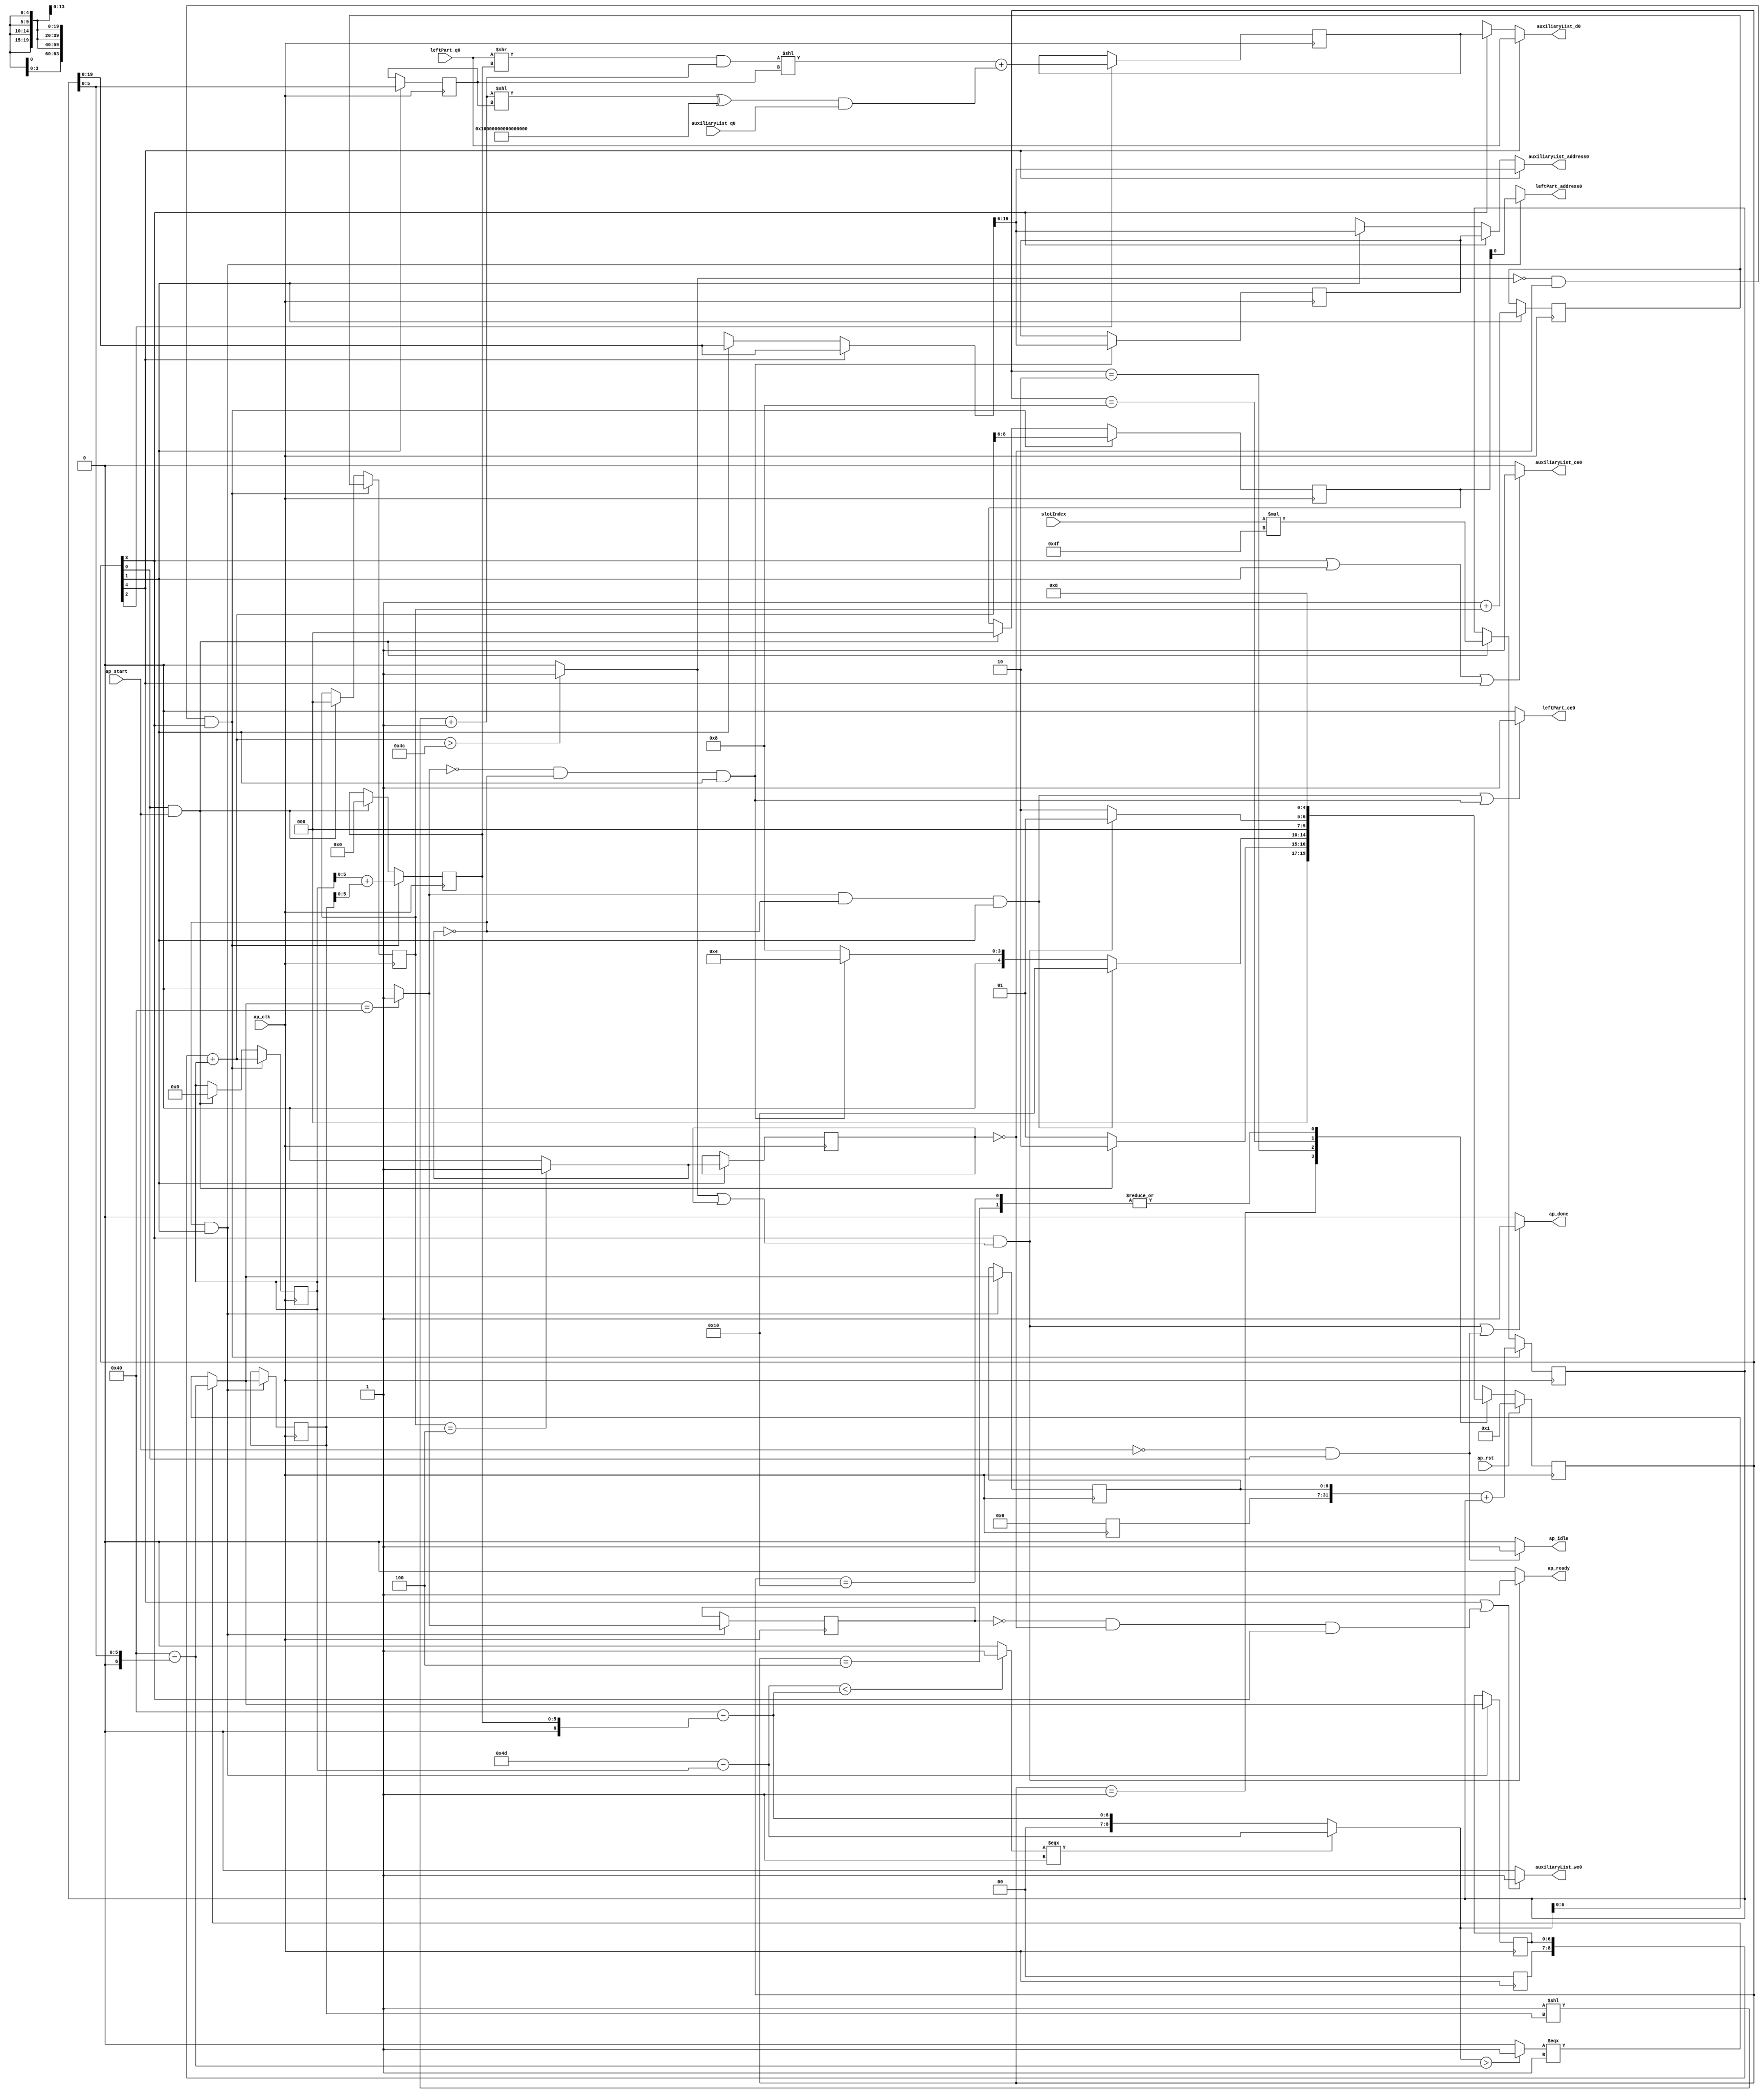
// ==============================================================
// RTL generated by Vivado(TM) HLS - High-Level Synthesis from C, C++ and OpenCL
// Version: 2020.1
// Copyright (C) 1986-2020 Xilinx, Inc. All Rights Reserved.
// 
// ===========================================================

`timescale 1 ns / 1 ps 

module setLeftPart (
        ap_clk,
        ap_rst,
        ap_start,
        ap_done,
        ap_idle,
        ap_ready,
        slotIndex,
        leftPart_address0,
        leftPart_ce0,
        leftPart_q0,
        auxiliaryList_address0,
        auxiliaryList_ce0,
        auxiliaryList_we0,
        auxiliaryList_d0,
        auxiliaryList_q0
);

parameter    ap_ST_fsm_state1 = 5'd1;
parameter    ap_ST_fsm_state2 = 5'd2;
parameter    ap_ST_fsm_state3 = 5'd4;
parameter    ap_ST_fsm_state4 = 5'd8;
parameter    ap_ST_fsm_state5 = 5'd16;

input   ap_clk;
input   ap_rst;
input   ap_start;
output   ap_done;
output   ap_idle;
output   ap_ready;
input  [31:0] slotIndex;
output  [0:0] leftPart_address0;
output   leftPart_ce0;
input  [63:0] leftPart_q0;
output  [13:0] auxiliaryList_address0;
output   auxiliaryList_ce0;
output   auxiliaryList_we0;
output  [63:0] auxiliaryList_d0;
input  [63:0] auxiliaryList_q0;

reg ap_done;
reg ap_idle;
reg ap_ready;
reg[0:0] leftPart_address0;
reg leftPart_ce0;
reg[13:0] auxiliaryList_address0;
reg auxiliaryList_ce0;
reg auxiliaryList_we0;
reg[63:0] auxiliaryList_d0;

(* fsm_encoding = "none" *) reg   [4:0] ap_CS_fsm;
wire    ap_CS_fsm_state1;
wire   [31:0] bitIdx_fu_166_p2;
wire   [5:0] slotBitIdxInWord_fu_172_p1;
reg   [5:0] slotBitIdxInWord_reg_396;
wire    ap_CS_fsm_state2;
wire   [0:0] icmp_ln109_fu_180_p2;
reg   [0:0] icmp_ln109_reg_401;
wire   [2:0] temp_fu_186_p2;
reg   [2:0] temp_reg_405;
wire   [6:0] select_ln122_fu_246_p3;
reg   [6:0] select_ln122_reg_410;
wire   [8:0] zext_ln122_fu_254_p1;
reg   [8:0] zext_ln122_reg_416;
wire   [31:0] zext_ln122_1_fu_258_p1;
reg   [31:0] zext_ln122_1_reg_421;
wire   [0:0] icmp_ln128_fu_262_p2;
reg   [0:0] icmp_ln128_reg_426;
reg   [13:0] auxiliaryList_addr_1_reg_435;
wire   [63:0] add_ln138_fu_341_p2;
reg   [63:0] add_ln138_reg_445;
wire    ap_CS_fsm_state3;
wire   [31:0] bitIdx_2_fu_347_p2;
wire    ap_CS_fsm_state4;
wire   [8:0] extractedBitsNum_fu_359_p2;
wire   [5:0] LPBitInWord_fu_364_p2;
reg   [2:0] temp_0_reg_99;
wire   [0:0] icmp_ln150_fu_380_p2;
reg   [5:0] LPBitInWord_0_reg_110;
reg   [2:0] LPWordIdx_0_reg_122;
reg   [8:0] extractedBitsNum_0_reg_133;
wire   [31:0] ap_phi_mux_slotBitIdxInWord_0_i_phi_fu_148_p4;
reg   [31:0] slotBitIdxInWord_0_i_reg_145;
wire   [63:0] zext_ln135_fu_268_p1;
wire   [63:0] zext_ln137_1_fu_273_p1;
wire   [63:0] zext_ln129_fu_278_p1;
wire   [63:0] zext_ln131_fu_386_p1;
wire    ap_CS_fsm_state5;
reg   [31:0] grp_fu_155_p1;
wire  signed [31:0] bitIdx_fu_166_p0;
wire   [6:0] zext_ln103_1_fu_198_p1;
wire   [6:0] tempB_fu_202_p2;
wire   [8:0] toExtractBitsNum_4_fu_192_p2;
wire   [8:0] zext_ln114_fu_208_p1;
wire   [0:0] icmp_ln115_fu_212_p2;
wire   [8:0] toExtractBitsNum_2_fu_218_p3;
wire   [6:0] zext_ln103_fu_176_p1;
wire   [6:0] toExtractBitsNum_fu_230_p2;
wire   [8:0] zext_ln123_fu_236_p1;
wire   [0:0] icmp_ln122_fu_240_p2;
wire   [6:0] trunc_ln115_fu_226_p1;
wire   [25:0] grp_fu_155_p4;
wire   [63:0] zext_ln134_fu_283_p1;
wire   [63:0] shl_ln134_fu_286_p2;
wire   [63:0] zext_ln135_1_fu_298_p1;
wire   [63:0] lshr_ln135_fu_302_p2;
wire   [63:0] extractPartMask_fu_292_p2;
wire   [63:0] zext_ln137_fu_314_p1;
wire   [63:0] shl_ln137_fu_317_p2;
wire   [63:0] xor_ln137_fu_323_p2;
wire   [63:0] extractPart_1_fu_308_p2;
wire   [63:0] shl_ln138_fu_335_p2;
wire   [63:0] and_ln137_fu_329_p2;
wire   [5:0] trunc_ln145_fu_352_p1;
wire   [5:0] trunc_ln145_1_fu_356_p1;
reg   [4:0] ap_NS_fsm;

// power-on initialization
initial begin
#0 ap_CS_fsm = 5'd1;
end

always @ (posedge ap_clk) begin
    if (ap_rst == 1'b1) begin
        ap_CS_fsm <= ap_ST_fsm_state1;
    end else begin
        ap_CS_fsm <= ap_NS_fsm;
    end
end

always @ (posedge ap_clk) begin
    if (((icmp_ln150_fu_380_p2 == 1'd0) & (icmp_ln109_reg_401 == 1'd0) & (1'b1 == ap_CS_fsm_state4))) begin
        LPBitInWord_0_reg_110 <= LPBitInWord_fu_364_p2;
    end else if (((1'b1 == ap_CS_fsm_state1) & (ap_start == 1'b1))) begin
        LPBitInWord_0_reg_110 <= 6'd0;
    end
end

always @ (posedge ap_clk) begin
    if (((icmp_ln150_fu_380_p2 == 1'd0) & (icmp_ln109_reg_401 == 1'd0) & (1'b1 == ap_CS_fsm_state4))) begin
        LPWordIdx_0_reg_122 <= {{extractedBitsNum_fu_359_p2[8:6]}};
    end else if (((1'b1 == ap_CS_fsm_state1) & (ap_start == 1'b1))) begin
        LPWordIdx_0_reg_122 <= 3'd0;
    end
end

always @ (posedge ap_clk) begin
    if (((icmp_ln150_fu_380_p2 == 1'd0) & (icmp_ln109_reg_401 == 1'd0) & (1'b1 == ap_CS_fsm_state4))) begin
        extractedBitsNum_0_reg_133 <= extractedBitsNum_fu_359_p2;
    end else if (((1'b1 == ap_CS_fsm_state1) & (ap_start == 1'b1))) begin
        extractedBitsNum_0_reg_133 <= 9'd0;
    end
end

always @ (posedge ap_clk) begin
    if (((icmp_ln150_fu_380_p2 == 1'd0) & (icmp_ln109_reg_401 == 1'd0) & (1'b1 == ap_CS_fsm_state4))) begin
        slotBitIdxInWord_0_i_reg_145 <= bitIdx_2_fu_347_p2;
    end else if (((1'b1 == ap_CS_fsm_state1) & (ap_start == 1'b1))) begin
        slotBitIdxInWord_0_i_reg_145 <= bitIdx_fu_166_p2;
    end
end

always @ (posedge ap_clk) begin
    if (((icmp_ln150_fu_380_p2 == 1'd0) & (icmp_ln109_reg_401 == 1'd0) & (1'b1 == ap_CS_fsm_state4))) begin
        temp_0_reg_99 <= temp_reg_405;
    end else if (((1'b1 == ap_CS_fsm_state1) & (ap_start == 1'b1))) begin
        temp_0_reg_99 <= 3'd0;
    end
end

always @ (posedge ap_clk) begin
    if ((1'b1 == ap_CS_fsm_state3)) begin
        add_ln138_reg_445 <= add_ln138_fu_341_p2;
    end
end

always @ (posedge ap_clk) begin
    if (((icmp_ln128_fu_262_p2 == 1'd0) & (icmp_ln109_fu_180_p2 == 1'd0) & (1'b1 == ap_CS_fsm_state2))) begin
        auxiliaryList_addr_1_reg_435 <= zext_ln137_1_fu_273_p1;
    end
end

always @ (posedge ap_clk) begin
    if ((1'b1 == ap_CS_fsm_state2)) begin
        icmp_ln109_reg_401 <= icmp_ln109_fu_180_p2;
        slotBitIdxInWord_reg_396 <= slotBitIdxInWord_fu_172_p1;
        temp_reg_405 <= temp_fu_186_p2;
    end
end

always @ (posedge ap_clk) begin
    if (((icmp_ln109_fu_180_p2 == 1'd0) & (1'b1 == ap_CS_fsm_state2))) begin
        icmp_ln128_reg_426 <= icmp_ln128_fu_262_p2;
        select_ln122_reg_410 <= select_ln122_fu_246_p3;
        zext_ln122_1_reg_421[6 : 0] <= zext_ln122_1_fu_258_p1[6 : 0];
        zext_ln122_reg_416[6 : 0] <= zext_ln122_fu_254_p1[6 : 0];
    end
end

always @ (*) begin
    if ((((1'b1 == ap_CS_fsm_state4) & ((icmp_ln150_fu_380_p2 == 1'd1) | (icmp_ln109_reg_401 == 1'd1))) | ((ap_start == 1'b0) & (1'b1 == ap_CS_fsm_state1)))) begin
        ap_done = 1'b1;
    end else begin
        ap_done = 1'b0;
    end
end

always @ (*) begin
    if (((ap_start == 1'b0) & (1'b1 == ap_CS_fsm_state1))) begin
        ap_idle = 1'b1;
    end else begin
        ap_idle = 1'b0;
    end
end

always @ (*) begin
    if (((1'b1 == ap_CS_fsm_state4) & ((icmp_ln150_fu_380_p2 == 1'd1) | (icmp_ln109_reg_401 == 1'd1)))) begin
        ap_ready = 1'b1;
    end else begin
        ap_ready = 1'b0;
    end
end

always @ (*) begin
    if ((1'b1 == ap_CS_fsm_state5)) begin
        auxiliaryList_address0 = zext_ln131_fu_386_p1;
    end else if ((1'b1 == ap_CS_fsm_state4)) begin
        auxiliaryList_address0 = auxiliaryList_addr_1_reg_435;
    end else if ((1'b1 == ap_CS_fsm_state2)) begin
        auxiliaryList_address0 = zext_ln137_1_fu_273_p1;
    end else begin
        auxiliaryList_address0 = 'bx;
    end
end

always @ (*) begin
    if (((1'b1 == ap_CS_fsm_state4) | (1'b1 == ap_CS_fsm_state2) | (1'b1 == ap_CS_fsm_state5))) begin
        auxiliaryList_ce0 = 1'b1;
    end else begin
        auxiliaryList_ce0 = 1'b0;
    end
end

always @ (*) begin
    if ((1'b1 == ap_CS_fsm_state5)) begin
        auxiliaryList_d0 = leftPart_q0;
    end else if ((1'b1 == ap_CS_fsm_state4)) begin
        auxiliaryList_d0 = add_ln138_reg_445;
    end else begin
        auxiliaryList_d0 = 'bx;
    end
end

always @ (*) begin
    if (((1'b1 == ap_CS_fsm_state5) | ((icmp_ln128_reg_426 == 1'd0) & (icmp_ln109_reg_401 == 1'd0) & (1'b1 == ap_CS_fsm_state4)))) begin
        auxiliaryList_we0 = 1'b1;
    end else begin
        auxiliaryList_we0 = 1'b0;
    end
end

always @ (*) begin
    if ((1'b1 == ap_CS_fsm_state5)) begin
        grp_fu_155_p1 = slotBitIdxInWord_0_i_reg_145;
    end else if ((1'b1 == ap_CS_fsm_state2)) begin
        grp_fu_155_p1 = ap_phi_mux_slotBitIdxInWord_0_i_phi_fu_148_p4;
    end else begin
        grp_fu_155_p1 = 'bx;
    end
end

always @ (*) begin
    if (((icmp_ln109_fu_180_p2 == 1'd0) & (1'b1 == ap_CS_fsm_state2))) begin
        if ((icmp_ln128_fu_262_p2 == 1'd1)) begin
            leftPart_address0 = zext_ln129_fu_278_p1;
        end else if ((icmp_ln128_fu_262_p2 == 1'd0)) begin
            leftPart_address0 = zext_ln135_fu_268_p1;
        end else begin
            leftPart_address0 = 'bx;
        end
    end else begin
        leftPart_address0 = 'bx;
    end
end

always @ (*) begin
    if ((((icmp_ln128_fu_262_p2 == 1'd1) & (icmp_ln109_fu_180_p2 == 1'd0) & (1'b1 == ap_CS_fsm_state2)) | ((icmp_ln128_fu_262_p2 == 1'd0) & (icmp_ln109_fu_180_p2 == 1'd0) & (1'b1 == ap_CS_fsm_state2)))) begin
        leftPart_ce0 = 1'b1;
    end else begin
        leftPart_ce0 = 1'b0;
    end
end

always @ (*) begin
    case (ap_CS_fsm)
        ap_ST_fsm_state1 : begin
            if (((1'b1 == ap_CS_fsm_state1) & (ap_start == 1'b1))) begin
                ap_NS_fsm = ap_ST_fsm_state2;
            end else begin
                ap_NS_fsm = ap_ST_fsm_state1;
            end
        end
        ap_ST_fsm_state2 : begin
            if (((icmp_ln128_fu_262_p2 == 1'd1) & (icmp_ln109_fu_180_p2 == 1'd0) & (1'b1 == ap_CS_fsm_state2))) begin
                ap_NS_fsm = ap_ST_fsm_state5;
            end else if (((icmp_ln128_fu_262_p2 == 1'd0) & (icmp_ln109_fu_180_p2 == 1'd0) & (1'b1 == ap_CS_fsm_state2))) begin
                ap_NS_fsm = ap_ST_fsm_state3;
            end else begin
                ap_NS_fsm = ap_ST_fsm_state4;
            end
        end
        ap_ST_fsm_state3 : begin
            ap_NS_fsm = ap_ST_fsm_state4;
        end
        ap_ST_fsm_state4 : begin
            if (((1'b1 == ap_CS_fsm_state4) & ((icmp_ln150_fu_380_p2 == 1'd1) | (icmp_ln109_reg_401 == 1'd1)))) begin
                ap_NS_fsm = ap_ST_fsm_state1;
            end else begin
                ap_NS_fsm = ap_ST_fsm_state2;
            end
        end
        ap_ST_fsm_state5 : begin
            ap_NS_fsm = ap_ST_fsm_state4;
        end
        default : begin
            ap_NS_fsm = 'bx;
        end
    endcase
end

assign LPBitInWord_fu_364_p2 = (trunc_ln145_fu_352_p1 + trunc_ln145_1_fu_356_p1);

assign add_ln138_fu_341_p2 = (shl_ln138_fu_335_p2 + and_ln137_fu_329_p2);

assign and_ln137_fu_329_p2 = (xor_ln137_fu_323_p2 & auxiliaryList_q0);

assign ap_CS_fsm_state1 = ap_CS_fsm[32'd0];

assign ap_CS_fsm_state2 = ap_CS_fsm[32'd1];

assign ap_CS_fsm_state3 = ap_CS_fsm[32'd2];

assign ap_CS_fsm_state4 = ap_CS_fsm[32'd3];

assign ap_CS_fsm_state5 = ap_CS_fsm[32'd4];

assign ap_phi_mux_slotBitIdxInWord_0_i_phi_fu_148_p4 = slotBitIdxInWord_0_i_reg_145;

assign bitIdx_2_fu_347_p2 = (zext_ln122_1_reg_421 + slotBitIdxInWord_0_i_reg_145);

assign bitIdx_fu_166_p0 = slotIndex;

assign bitIdx_fu_166_p2 = ($signed(bitIdx_fu_166_p0) * $signed('h4F));

assign extractPartMask_fu_292_p2 = ($signed(shl_ln134_fu_286_p2) + $signed(64'd18446744073709551615));

assign extractPart_1_fu_308_p2 = (lshr_ln135_fu_302_p2 & extractPartMask_fu_292_p2);

assign extractedBitsNum_fu_359_p2 = (zext_ln122_reg_416 + extractedBitsNum_0_reg_133);

assign grp_fu_155_p4 = {{grp_fu_155_p1[31:6]}};

assign icmp_ln109_fu_180_p2 = ((temp_0_reg_99 == 3'd4) ? 1'b1 : 1'b0);

assign icmp_ln115_fu_212_p2 = ((toExtractBitsNum_4_fu_192_p2 < zext_ln114_fu_208_p1) ? 1'b1 : 1'b0);

assign icmp_ln122_fu_240_p2 = ((toExtractBitsNum_2_fu_218_p3 > zext_ln123_fu_236_p1) ? 1'b1 : 1'b0);

assign icmp_ln128_fu_262_p2 = ((select_ln122_fu_246_p3 == 7'd64) ? 1'b1 : 1'b0);

assign icmp_ln150_fu_380_p2 = ((extractedBitsNum_fu_359_p2 > 9'd76) ? 1'b1 : 1'b0);

assign lshr_ln135_fu_302_p2 = leftPart_q0 >> zext_ln135_1_fu_298_p1;

assign select_ln122_fu_246_p3 = ((icmp_ln122_fu_240_p2[0:0] === 1'b1) ? toExtractBitsNum_fu_230_p2 : trunc_ln115_fu_226_p1);

assign shl_ln134_fu_286_p2 = 64'd1 << zext_ln134_fu_283_p1;

assign shl_ln137_fu_317_p2 = extractPartMask_fu_292_p2 << zext_ln137_fu_314_p1;

assign shl_ln138_fu_335_p2 = extractPart_1_fu_308_p2 << zext_ln137_fu_314_p1;

assign slotBitIdxInWord_fu_172_p1 = slotBitIdxInWord_0_i_reg_145[5:0];

assign tempB_fu_202_p2 = ($signed(7'd64) - $signed(zext_ln103_1_fu_198_p1));

assign temp_fu_186_p2 = (3'd1 + temp_0_reg_99);

assign toExtractBitsNum_2_fu_218_p3 = ((icmp_ln115_fu_212_p2[0:0] === 1'b1) ? toExtractBitsNum_4_fu_192_p2 : zext_ln114_fu_208_p1);

assign toExtractBitsNum_4_fu_192_p2 = (9'd77 - extractedBitsNum_0_reg_133);

assign toExtractBitsNum_fu_230_p2 = ($signed(7'd64) - $signed(zext_ln103_fu_176_p1));

assign trunc_ln115_fu_226_p1 = toExtractBitsNum_2_fu_218_p3[6:0];

assign trunc_ln145_1_fu_356_p1 = select_ln122_reg_410[5:0];

assign trunc_ln145_fu_352_p1 = extractedBitsNum_0_reg_133[5:0];

assign xor_ln137_fu_323_p2 = (shl_ln137_fu_317_p2 ^ 64'd18446744073709551615);

assign zext_ln103_1_fu_198_p1 = LPBitInWord_0_reg_110;

assign zext_ln103_fu_176_p1 = slotBitIdxInWord_fu_172_p1;

assign zext_ln114_fu_208_p1 = tempB_fu_202_p2;

assign zext_ln122_1_fu_258_p1 = select_ln122_fu_246_p3;

assign zext_ln122_fu_254_p1 = select_ln122_fu_246_p3;

assign zext_ln123_fu_236_p1 = toExtractBitsNum_fu_230_p2;

assign zext_ln129_fu_278_p1 = LPWordIdx_0_reg_122;

assign zext_ln131_fu_386_p1 = grp_fu_155_p4;

assign zext_ln134_fu_283_p1 = select_ln122_reg_410;

assign zext_ln135_1_fu_298_p1 = LPBitInWord_0_reg_110;

assign zext_ln135_fu_268_p1 = LPWordIdx_0_reg_122;

assign zext_ln137_1_fu_273_p1 = grp_fu_155_p4;

assign zext_ln137_fu_314_p1 = slotBitIdxInWord_reg_396;

always @ (posedge ap_clk) begin
    zext_ln122_reg_416[8:7] <= 2'b00;
    zext_ln122_1_reg_421[31:7] <= 25'b0000000000000000000000000;
end

endmodule //setLeftPart